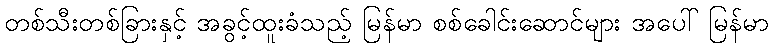
တစ်သီးတစ်ခြားနှင့် အခွင့်ထူးခံသည့် မြန်မာ စစ်ခေါင်းဆောင်များ အပေါ် မြန်မာ